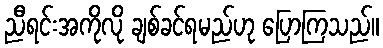
ညီရင်းအကိုလို ချစ်ခင်ရမည်ဟု ပြောကြသည်။